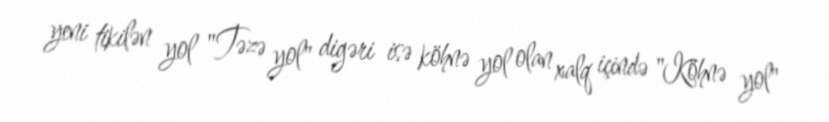
yeni tikilən yol "Təzə yol" digəri isə köhnə yol olan xalq içində "Köhnə yol"